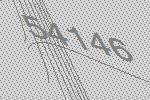
54146